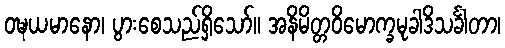
ဝဍ္ဎယမာနော၊ ပွားစေသည်ရှိသော်။ အနိမိတ္တဝိမောက္ခမုခါဒိသင်္ခါတာ၊